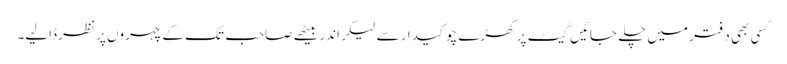
کسی بھی دفتر میں چلے جائیں گیٹ پر کھڑے چوکیدار سے لیکر اندر بیٹھے صاحب تک کے چہروں پر نظر ڈالیے۔